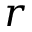
r